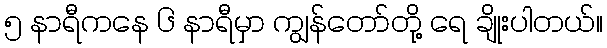
၅ နာရီကနေ ၆ နာရီမှာ ကျွန်တော်တို့ ရေ ချိုးပါတယ်။